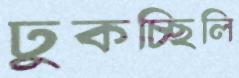
ঢুকচ্ছিলি